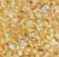
ومحاولة